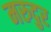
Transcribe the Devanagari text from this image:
मरुदुर